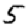
Digit: 5